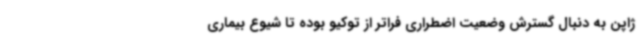
ژاپن به دنبال گسترش وضعیت اضطراری فراتر از توکیو بوده تا شیوع بیماری